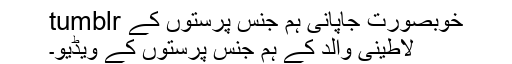
خوبصورت جاپانی ہم جنس پرستوں کے tumblr
لاطینی والد کے ہم جنس پرستوں کے ویڈیو۔